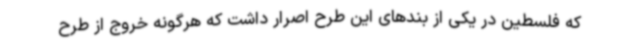
که فلسطین در یکی از بندهای این طرح اصرار داشت که هرگونه خروج از طرح